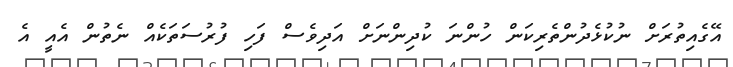
އޭގެއިތުރަށް ނުކުޅެދުންތެރިކަން ހުންނަ ކުދިންނަށް އަދިވެސް ފަހި ފުރުސަތަކެއް ނެތުން އެއީ އެ